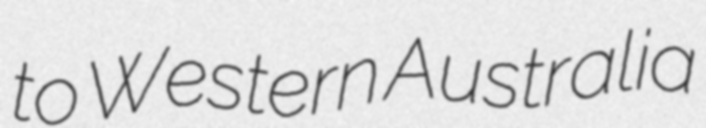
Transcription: to Western Australia